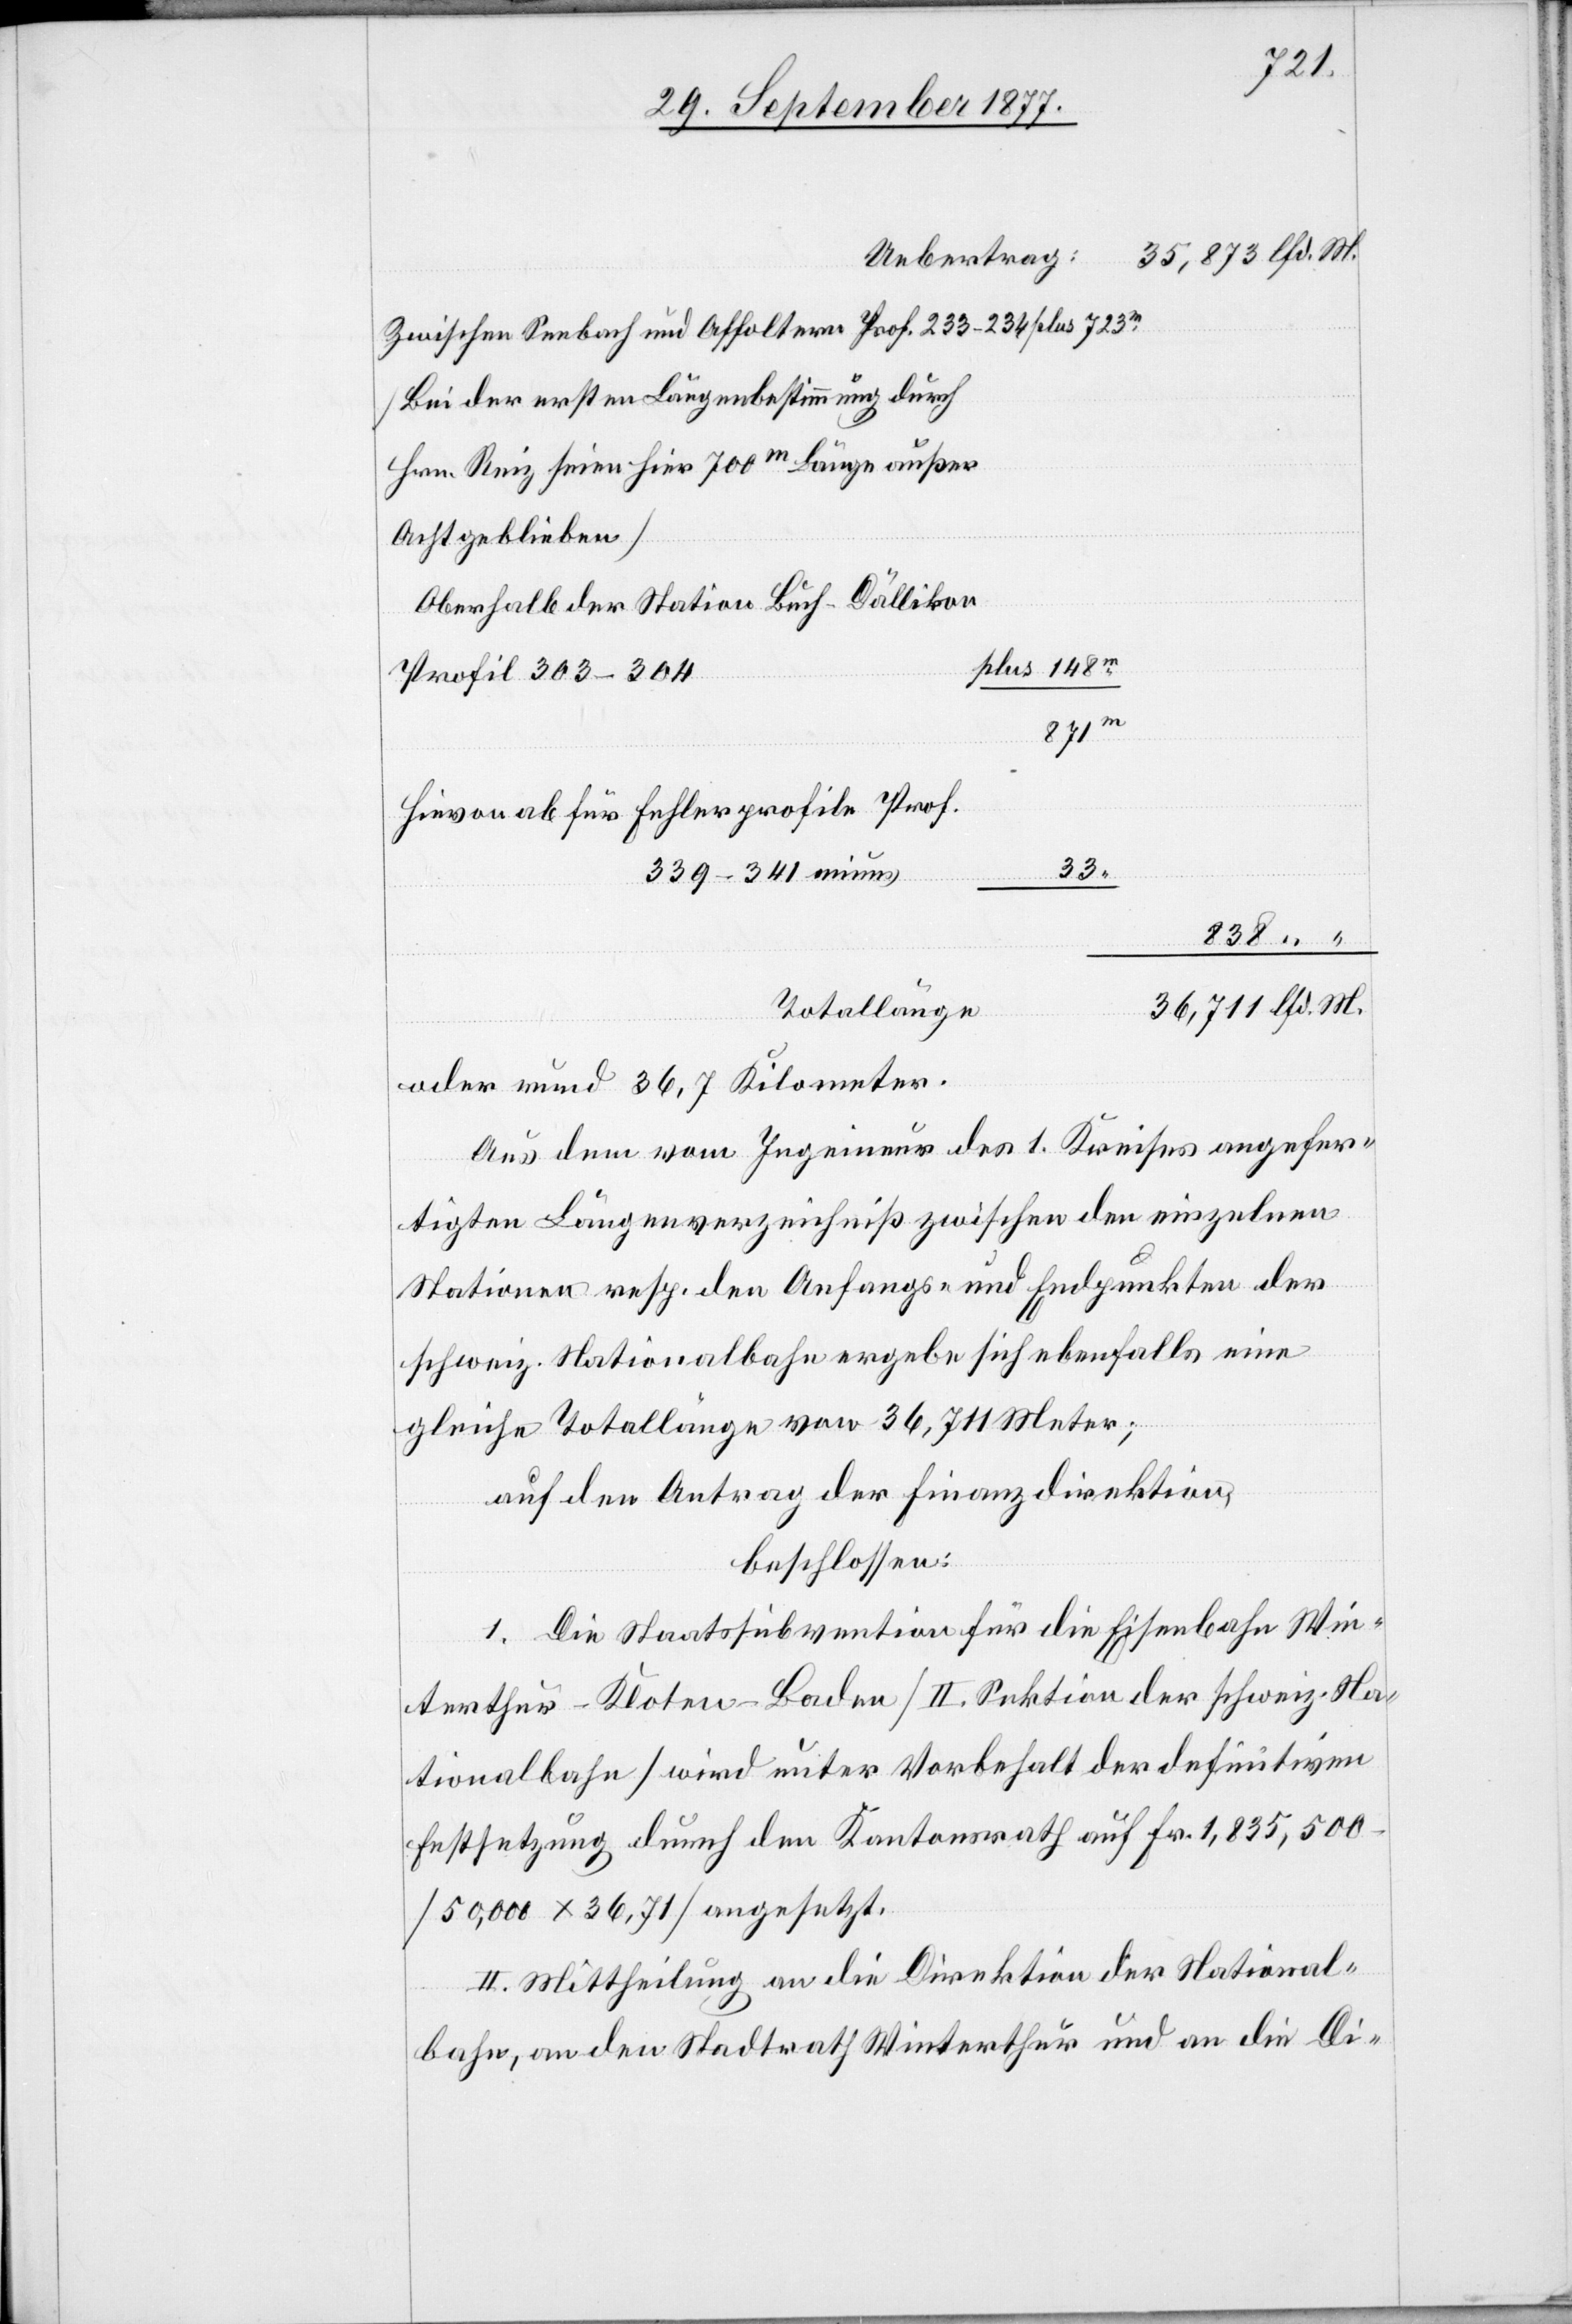
35,873 lfd. M.
Uebertrag:
Zwischen Seebach und Affoltern Prof. 233–234
[Bei der ersten Längenbestimmung durch
Hrn. Reiz seien hier 700m Länge außer
Acht geblieben]
Oberhalb der Station Buch-Dällikon
plus 148m
Profil 303–304
871m
Hievon ab für Fehlerprofile Prof.
33
339–341 minus
838 “ “
36,711 lfd. M.
Totallänge
oder rund 36,7 Kilometer.
Aus dem vom Ingenieur des 1. Kreises angefer¬
tigten Längenverzeichniß zwischen den einzelnen
Stationen resp. den Anfangs- und Endpunkten der
schweiz. Nationalbahn ergebe sich ebenfalls eine
gleiche Totallänge von 36,711 Meter;
auf den Antrag der Finanzdirektion,
beschlossen:
1. Die Staatssubvention für die Eisenbahn Win¬
terthur–Kloten–Baden [II. Sektion der schweiz. Na¬
tionalbahn] wird unter Vorbehalt der definitiven
Festsetzung durch den Kantonsrath auf Fr. 1,835,500
[50,000 x 36,71] angesetzt.
2.] Mittheilung an die Direktion der National¬
bahn, an den Stadtrath Winterthur und an die Di-